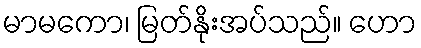
မာမကော၊ မြတ်နိုးအပ်သည်။ ဟော